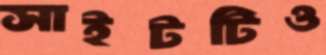
সাইটটিও